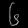
Digit: ၆